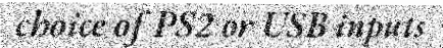
choice of PS2 or USB inputs